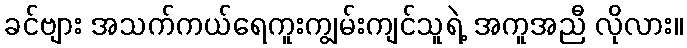
ခင်ဗျား အသက်ကယ်ရေကူးကျွမ်းကျင်သူရဲ့ အကူအညီ လိုလား။